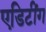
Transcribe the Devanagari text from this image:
एडिटींग